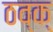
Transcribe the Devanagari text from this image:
ठव्क्